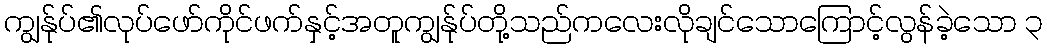
ကျွန်ုပ်၏လုပ်ဖော်ကိုင်ဖက်နှင့်အတူကျွန်ုပ်တို့သည်ကလေးလိုချင်သောကြောင့်လွန်ခဲ့သော ၃